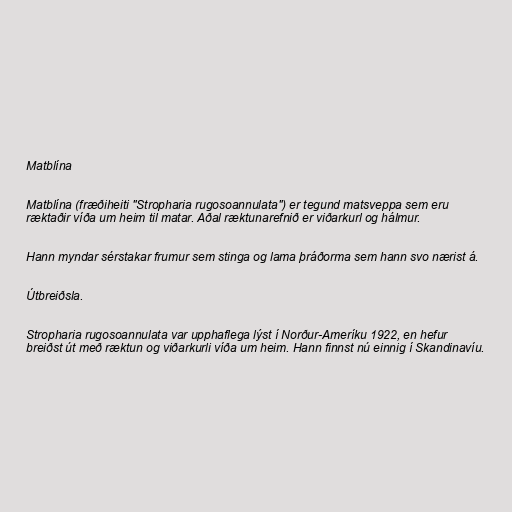
Matblína

Matblína (fræðiheiti "Stropharia rugosoannulata") er tegund matsveppa sem eru
ræktaðir víða um heim til matar. Aðal ræktunarefnið er viðarkurl og hálmur.

Hann myndar sérstakar frumur sem stinga og lama þráðorma sem hann svo nærist á.

Útbreiðsla.

Stropharia rugosoannulata var upphaflega lýst í Norður-Ameríku 1922, en hefur
breiðst út með ræktun og viðarkurli víða um heim. Hann finnst nú einnig í Skandinavíu.